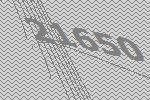
21650